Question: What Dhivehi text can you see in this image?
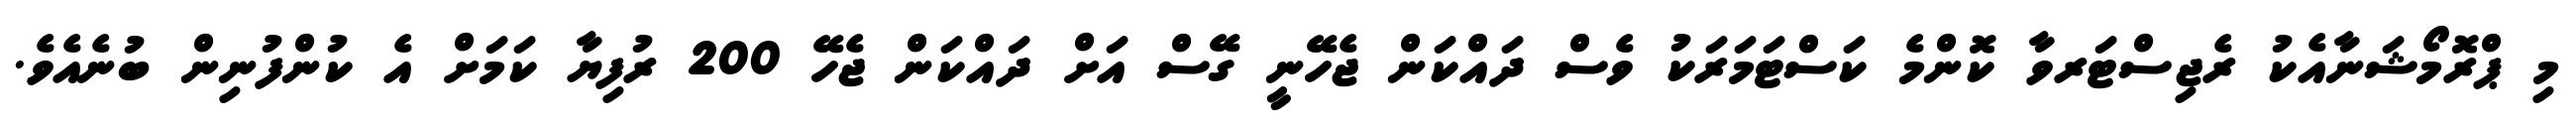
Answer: މި ޕްރޮމޯޝަނާއެކު ރެޖިސްޓަރވާ ކޮންމެ ކަސްޓަމަރަކު ވެސް ދައްކަން ޖެހޭނީ ގޭސް އަށް ދައްކަން ޖެހޭ 200 ރުފިޔާ ކަމަށް އެ ކުންފުނިން ބުނެއެވެ.